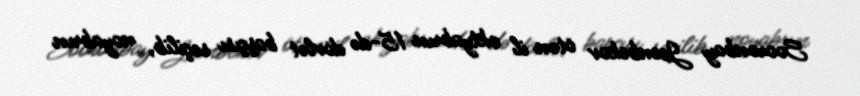
Sooronbay Jeenbekov ötən il oktyabrın 15-də dövlət başçısı seçilib, noyabrın